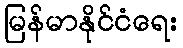
မြန်မာနိုင်ငံရေး